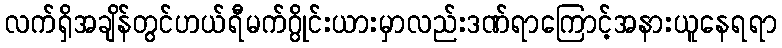
လက်ရှိအချိန်တွင်ဟယ်ရီမက်ဂွိုင်းယားမှာလည်းဒဏ်ရာကြောင့်အနားယူနေရရာ